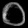
Digit: ၀